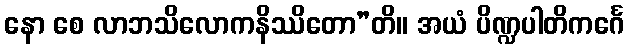
နော စေ လာဘသိလောကနိဿိတော”တိ။ အယံ ပိဏ္ဍပါတိကင်္ဂေ